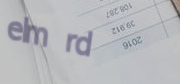
elm rd